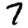
Digit: 7